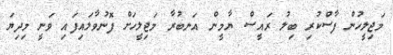
މަޖިލީހުން ފާސްކުރި ބިލު ރައީސް ޔާމީން އަނބުރާ މަޖިލީހަށް ފޮނުވާލައިފައި ވަނީ މިދިޔަ